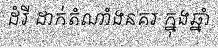
ដំរី ដាក់តំណាំងនគរ ក្នុងឆ្នាំ